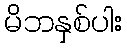
မိဘနှစ်ပါး